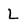
Character: L